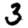
Digit: 3